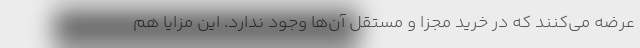
عرضه می‌کنند که در خرید مجزا و مستقل آن‌ها وجود ندارد. این مزایا هم